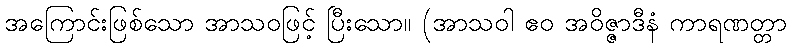
အကြောင်းဖြစ်သော အာသဝဖြင့် ပြီးသော။ (အာသဝါ ဧဝ အဝိဇ္ဇာဒီနံ ကာရဏတ္တာ